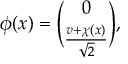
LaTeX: \phi ( x ) = { \binom { 0 } { \frac { v + \chi ( x ) } { \sqrt 2 } } } ,